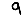
Digit: 9